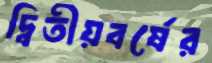
দ্বিতীয়বর্ষের